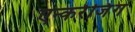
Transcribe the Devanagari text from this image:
एन्करेजिंग